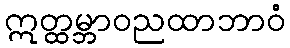
ဣတ္ထမ္ဘာဝညထာဘာဝံ